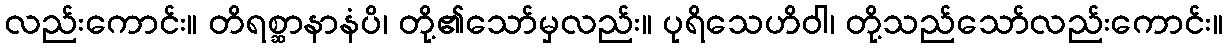
လည်းကောင်း။ တိရစ္ဆာနာနံပိ၊ တို့၏သော်မှလည်း။ ပုရိသေဟိဝါ၊ တို့သည်သော်လည်းကောင်း။